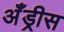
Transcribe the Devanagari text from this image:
अँड्रीस